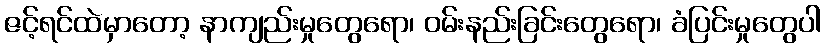
ဇင့်ရင်ထဲမှာတော့ နာကျည်းမှုတွေရော၊ ဝမ်းနည်းခြင်းတွေရော၊ ခံပြင်းမှုတွေပါ